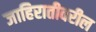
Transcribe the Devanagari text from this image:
जाहिरातीवरील